Sanitation, dispensaries and jails vaccination Rajputana 1922-1927 - 1922-1927
Year: 1922
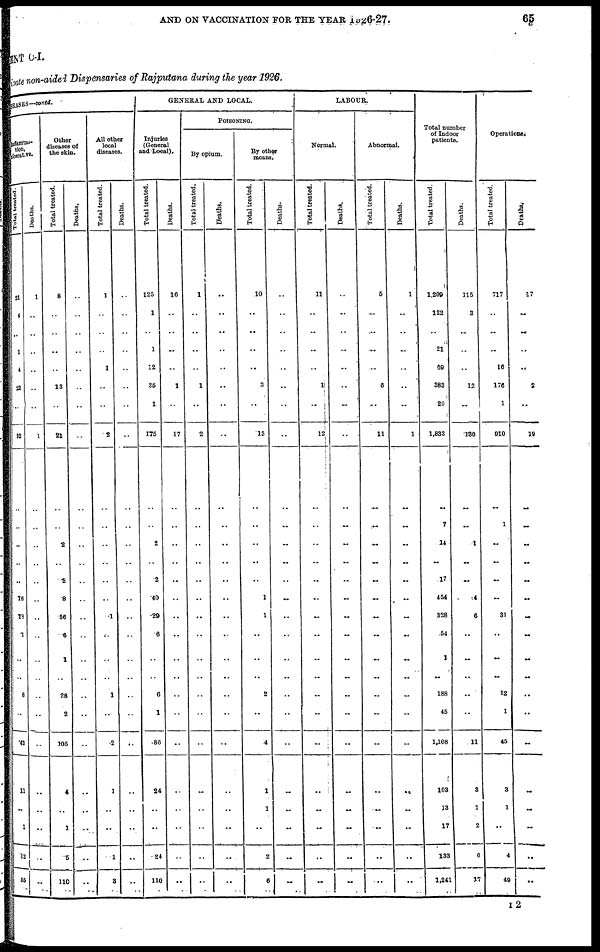
AND ON VACCINATION FOR THE YEAR 1926-27.
65
MENT C-I.
and private non-aided Dispensaries of Rajputana during the year 1926.
DISEASES—contd.
Inflamma¬
tion,
ulcerative.
Total treated.
21
4
..
1
4
22
..
52
..
..
..
..
..
16
18
1
..
..
8
..
43
11
..
1
12
55
Deaths.
1
..
..
..
..
..
..
1
..
..
..
..
..
..
..
..
..
..
..
..
..
..
..
..
..
..
Other
diseases of
the skin.
Total treated.
8
..
..
..
..
13
..
21
..
..
2
..
2
8
56
6
1
..
28
2
105
4
..
1
5
110
Deaths.
..
..
..
..
..
..
..
..
..
..
..
..
..
..
..
..
..
..
..
..
..
..
..
..
..
..
All other
local
diseases.
Total treated.
1
..
..
..
1
..
..
2
..
..
..
..
..
..
1
..
..
..
1
..
2
1
..
..
1
3
Deaths.
..
..
..
..
..
..
..
..
..
..
..
..
..
..
..
..
..
..
..
..
..
..
..
..
..
..
GENERAL AND LOCAL.
Injuries
(General
and Local).
Total treated.
125
1
..
1
12
35
1
175
..
..
2
..
2
40
29
6
..
..
6
1
86
24
..
..
24
110
Deaths.
16
..
..
..
..
1
..
17
..
..
..
..
..
..
..
..
..
..
..
..
..
..
..
..
..
..
POISONING.
By opium.
Total treated.
1
..
..
..
..
1
..
2
..
..
..
..
..
..
..
..
..
..
..
..
..
..
..
..
..
..
Deaths.
..
..
..
..
..
..
..
..
..
..
..
..
..
..
..
..
..
..
..
..
..
..
..
..
..
..
By other
means.
Total treated.
10
..
..
..
..
3
..
13
..
..
..
..
..
1
1
..
..
..
2
..
4
1
1
..
2
6
Deaths.
..
..
..
..
..
..
..
..
..
..
..
..
..
..
..
..
..
..
..
..
..
..
..
..
..
..
LABOUR
Normal.
Total treated.
11
..
..
..
..
1
...
12
..
..
..
..
..
..
..
..
..
..
..
..
..
..
..
..
..
..
Deaths.
..
..
..
..
..
..
..
..
..
..
..
..
..
..
..
..
..
..
..
..
..
..
..
..
..
..
Abnormal.
Total treated.
5
..
..
..
..
6
..
11
..
..
..
..
..
..
..
..
..
..
..
..
..
..
..
..
..
..
Deaths.
1
..
..
..
..
..
..
1
..
..
..
..
..
..
..
..
..
..
..
..
..
..
..
..
..
..
Total number
of Indoor
patients.
Total treated.
1,209
122
..
21
60
383
20
1,833
..
7
14
..
17
454
328
54
1
..
188
45
1,108
103
13
17
133
1,241
Deaths.
115
3
..
...
..
12
..
130
..
..
1
..
..
14
6
..
..
..
..
..
11
3
1
2
6
17
Operations.
Total treated.
717
..
..
..
16
176
1
910
..
1
..
..
..
..
31
..
..
..
12
1
45
3
1
..
4
49
Deaths.
17
..
..
..
..
2
..
19
..
..
..
..
..
..
..
..
..
..
..
..
..
..
..
..
..
..
I 2